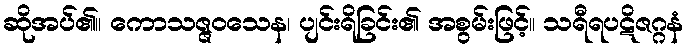
ဆိုအပ်၏။ ကောသဇ္ဇဝသေန၊ ပျင်းရိခြင်း၏ အစွမ်းဖြင့်။ သရီရပဋိဇဂ္ဂနံ